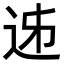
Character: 𨒉